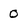
Character: O